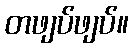
တဖျပ်ဖျပ်။